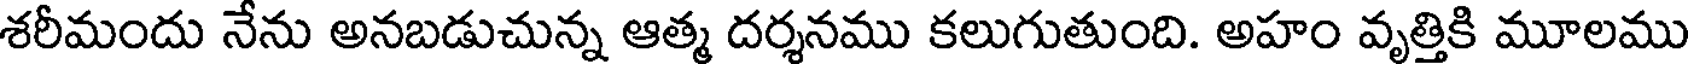
శరీమందు నేను అనబడుచున్న ఆత్మ దర్శనము కలుగుతుంది. అహం వృత్తికి మూలము